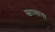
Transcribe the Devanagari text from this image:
स्वाध्याय।